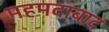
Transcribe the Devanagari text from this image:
महमदाबाद